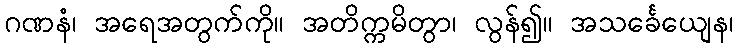
ဂဏနံ၊ အရေအတွက်ကို။ အတိက္ကမိတွာ၊ လွန်၍။ အသင်္ခေယျေန၊